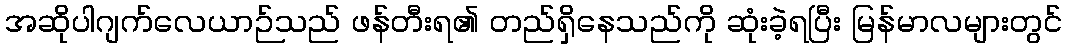
အဆိုပါဂျက်လေယာဉ်သည် ဖန်တီးရ၏ တည်ရှိနေသည်ကို ဆုံးခဲ့ရပြီး မြန်မာလများတွင်